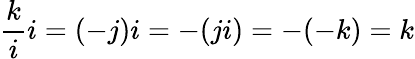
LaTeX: {\frac{k}{i}}i=(-j)i=-(ji)=-(-k)=k